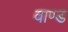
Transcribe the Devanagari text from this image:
वाण्ड